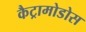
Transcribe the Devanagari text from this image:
कैट्रामोडोस